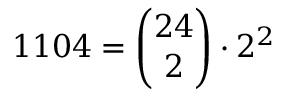
1 1 0 4 = { \binom { 2 4 } { 2 } } \cdot 2 ^ { 2 }